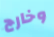
وخارج